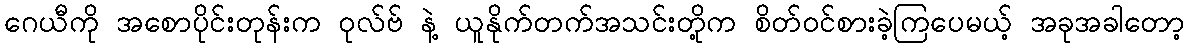
ဂေယီကို အစောပိုင်းတုန်းက ဝုလ်ဗ် နဲ့ ယူနိုက်တက်အသင်းတို့က စိတ်ဝင်စားခဲ့ကြပေမယ့် အခုအခါတော့